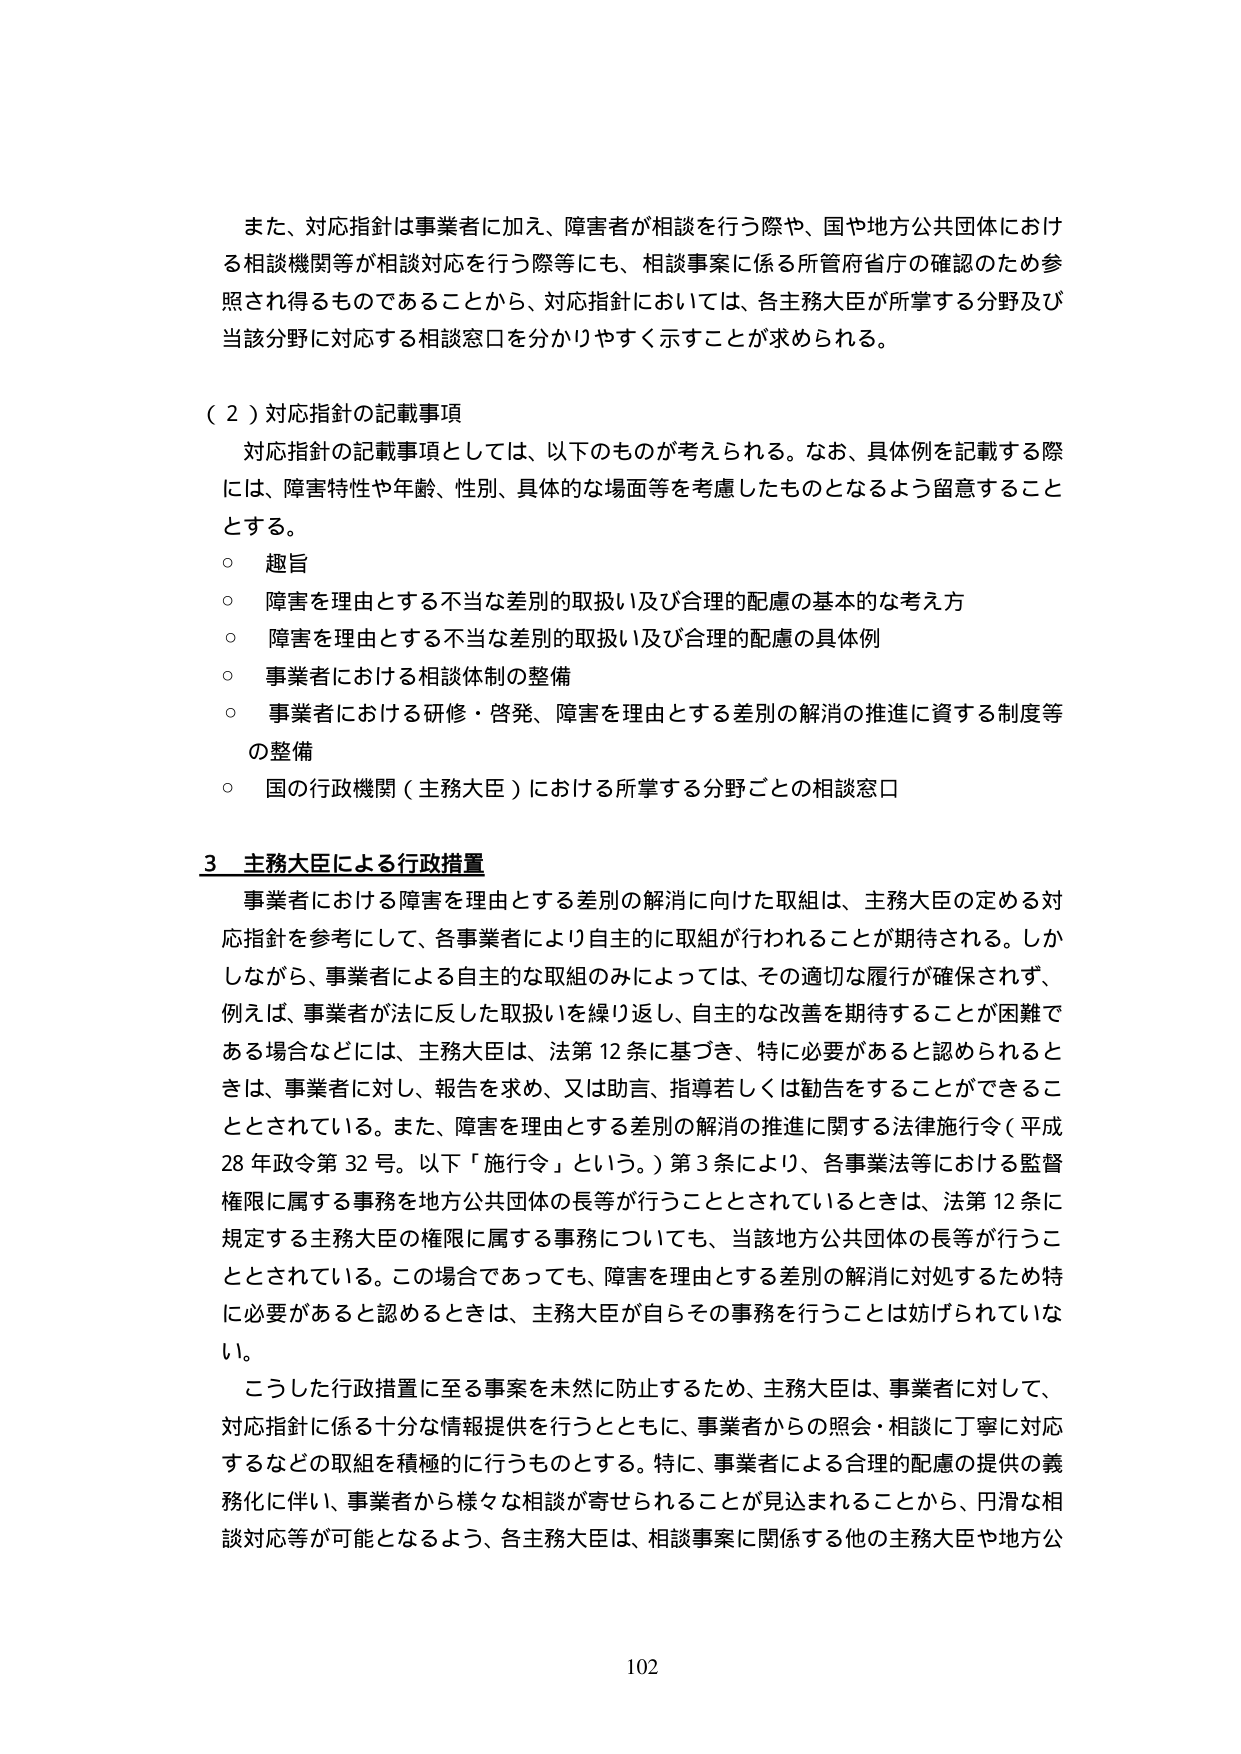
また、対応指針は事業者に加え、障害者が相談を行う際や、国や地方公共団体における相談機関等が相談対応を行う際等にも、相談事案に係る所管府省庁の確認のため参照され得るものであることから、対応指針においては、各主務大臣が所掌する分野及び当該分野に対応する相談窓口を分かりやすく示すことが求められる。

（２）対応指針の記載事項
　対応指針の記載事項としては、以下のものが考えられる。なお、具体例を記載する際には、障害特性や年齢、性別、具体的な場面等を考慮したものとなるよう留意することとする。
　○　趣旨
　○　障害を理由とする不当な差別の取扱い及び合理的配慮の基本的な考え方
　○　障害を理由とする不当な差別の取扱い及び合理的配慮の具体例
　○　事業者における相談体制の整備
　○　事業者における研修・啓発、障害を理由とする差別の解消の推進に資する制度等の整備
　○　国の行政機関（主務大臣）における所掌する分野ごとの相談窓口

３ 主務大臣による行政措置
　事業者における障害を理由とする差別の解消に向けた取組は、主務大臣の定める対応指針を参考にして、各事業者により自主的に取組が行われることが期待される。しかしながら、事業者による自主的な取組のみによっては、その適切な履行が確保されず、例えば、事業者が法に反した取扱いを繰り返し、自主的な改善を期待することが困難である場合などには、主務大臣は、法第12条に基づき、特に必要があると認められるときは、事業者に対し、報告を求め、又は助言、指導若しくは勧告をすることができるこ ととされている。また、障害を理由とする差別の解消の推進に関する法律施行令（平成28年政令第32号。以下「施行令」という。）第3条により、各事業法等における監督権限に属する事務を地方公共団体の長等が行うこととされているときは、法第12条に規定する主務大臣の権限に属する事務についても、当該地方公共団体の長等が行うこととされている。この場合であっても、障害を理由とする差別の解消に対処するため特に必要があると認めるときは、主務大臣が自らその事務を行うことは妨げられていな い。
　こうした行政措置に至る事案を未然に防止するため、主務大臣は、事業者に対して、対応指針に係る十分な情報提供を行うとともに、事業者からの照会・相談に丁寧に対応するなどの取組を積極的に行うものとする。特に、事業者による合理的配慮の提供の義務化に伴い、事業者から様々な相談が寄せられることが見込まれることから、円滑な相談対応等が可能となるよう、各主務大臣は、相談事案に関係する他の主務大臣や地方公

102